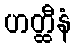
ဟတ္ထီနံ